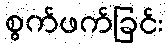
စွက်ဖက်ခြင်း